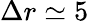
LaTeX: \Delta r\simeq 5